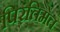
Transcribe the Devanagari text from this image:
पिरतिमेत